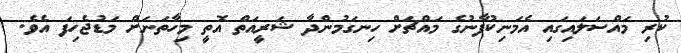
ކުރި މައްސަލައިގައި އެމަނިކުފާނުގެ މައްޗަށް ހިނގަމުންދާ ޝަރީއަތް އޮތީ މިހާތަނަށް މަޑުޖެހިފަ އެވެ.